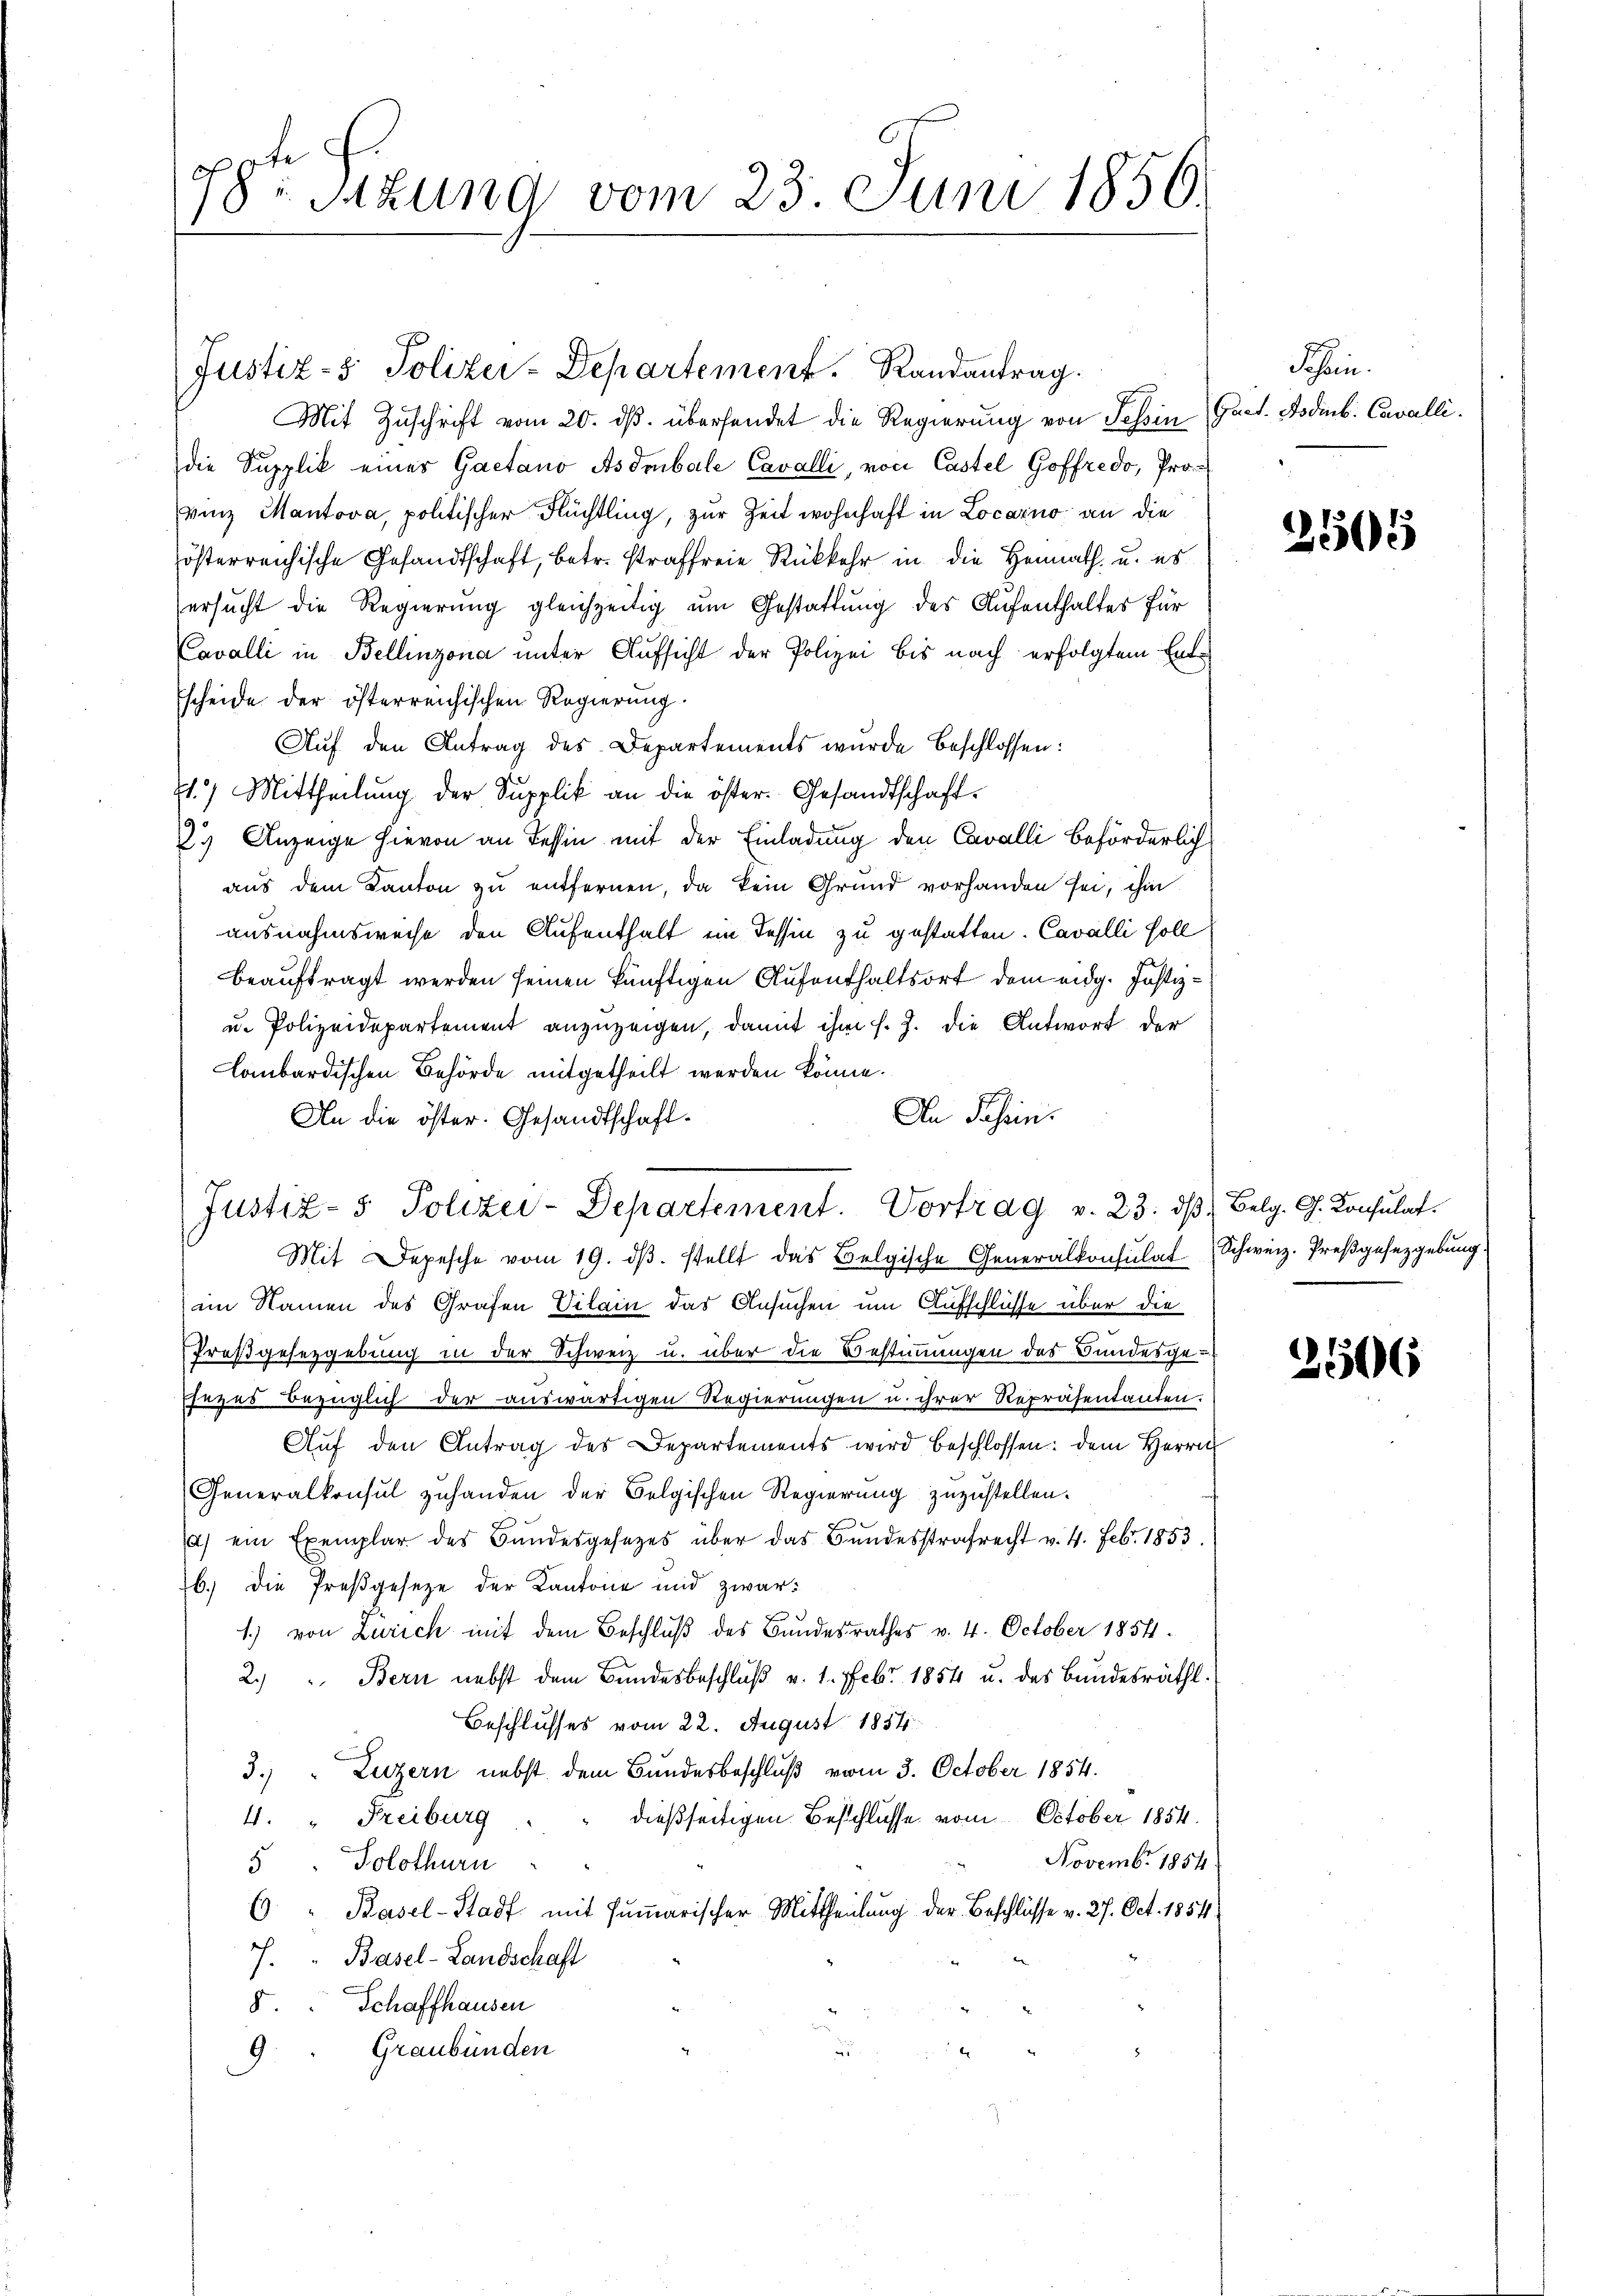
78te Sizung vom 23. Juni 1850.

Justiz- & Polizei-Departement. Randantrag.
Mit Zuschrift vom 20. ds. übersendet die Regierung von Tessin (Fact. Bodenb. Cavalli
die Supplik einer Gaetano Asdmbale Cavalli, von Castel Goffredo, Provinz Mantova, politischer Flüchtling, zur Zeit wohnhaft in Locarno an die
österreichische Gesandtschaft, betr. straffreie Rückkehr in die Heimath- u. es
ersucht die Regierung gleichzeitig um Gestattung des Aufenthaltes für
Cavalli in Bellinzona unter Aufsicht der Polizei bis nach erfolgtem Ent¬
Escheide der österreichischen Regierung.
Auf den Antrag des Departements wurde beschlossen:
71.) Mittheilung der Supplik an die öster- Gesandtschaft¬
2) Anzeige hievon an Tessin mit der Einladung den Cavalli beförderlich
aus dem Kanton zu entfernen, da kein Grund vorhanden sei, ihm
ausnahmsweise den Aufenthalt ein Tessin zu gestatten. Cavalli soll
beauftragt werden seinen künftigen Aufenthaltsort dem eidg. Justiz¬
u. Polizeidepartement anzuzeigen, damit ihm s. Z. die Antwort der
Lombardischen Behörde mitgetheilt werden könne.
An Jahren.
An die öster. Gesandtschaft¬
Mit Depesche vom 19. dβ. stellt das Belgische Generalkonsulat Schweiz. Preßgesetzgebung.
im Namen des Grafen Vilain das Ansuchen um Aufschlüsse über die
Proßgesetzgebung in der Schweiz u. über die Bestimmungen des Bundesgesezes bezüglich der auswärtigen Regierungen u. ihrer Repräsentanten.
Aŭf den Antrag des Departements wird beschlossen: dem Herrn
Generalkonsul zuhanden der Belgischen Regierung zuzustellen.
1) ein Exemplar des Bundesgesetzes über das Bundesstrafrecht v. 4. Febr. 1853.
76.) Die Preßgesetze der Kantone und zwar:
1.) von Zürich mit dem Beschluß des Bundesrathes v. 4. October 1854.
2.) " Bern nebst dem Bundesbeschluß v. 1. Febr. 1854 u. des Bundesräthl.
Beschlusses vom 22. August 1857
3.) " Luzern nebst dem Bundesbeschluß vom 3. October 1854.
dießseitigen Beschlüsse vom October 1854.
4. " Freiburg
Novemb. 1854
Solothurn
5
6. " Basel-Stadt mit summarischer Mittheilung der Beschlüsse v. 27. Oct. 1854.
J. " Basel-Landschaft
Schaffhausen
K.
Graubünden
9

Justiz- & Polizei-Departement. Vortrag v. 23. dβ Belg. G. Konsulat

Schön.

2505

2506